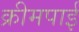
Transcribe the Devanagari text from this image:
क्रीमपाई